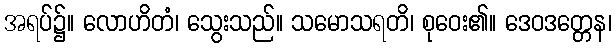
အရပ်၌။ လောဟိတံ၊ သွေးသည်။ သမောသရတိ၊ စုဝေး၏။ ဒေဝဒတ္တေန၊